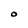
Character: O